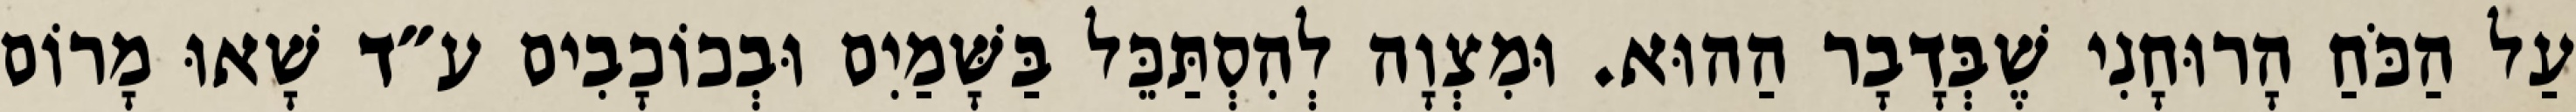
עַל הַכֹּחַ הָרוּחָנִי שֶׁבְּדָבָר הַהוּא. וּמִצְוָה לְהִסְתַּכֵּל בַּשָּׁמַיִם וּבְכוֹכָבִים ע״ד שָׁאוּ מָרוֹם